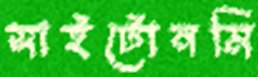
সাইটোনমি